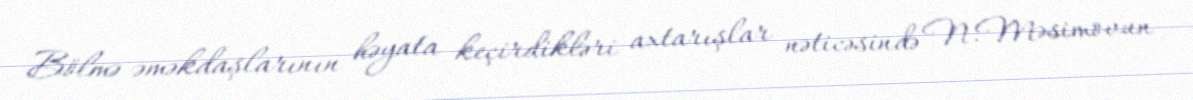
Bölmə əməkdaşlarının həyata keçirdikləri axtarışlar nəticəsində N.Məsimovun